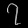
Digit: ၇